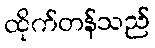
ထိုက်တန်သည်